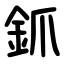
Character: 釽